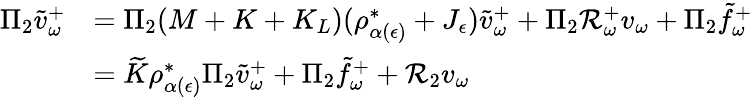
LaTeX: \begin{array}{rl}{\Pi_{2}\tilde{v}_{\omega}^{+}}&{=\Pi_{2}(M+K+K_{L})(\rho_{\alpha(\epsilon)}^{*}+J_{\epsilon})\tilde{v}_{\omega}^{+}+\Pi_{2}\mathcal R_{\omega}^{+}v_{\omega}+\Pi_{2}\tilde{f}_{\omega}^{+}}\\ &{=\widetilde K\rho_{\alpha(\epsilon)}^{*}\Pi_{2}\tilde{v}_{\omega}^{+}+\Pi_{2}\tilde{f}_{\omega}^{+}+\mathcal R_{2}v_{\omega}}\end{array}